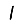
Digit: 1